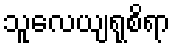
သူလေယျရုစိရာ